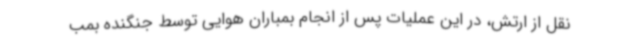
نقل از ارتش، در این عملیات پس از انجام بمباران هوایی توسط جنگنده بمب